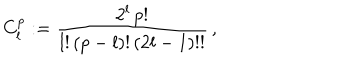
LaTeX: C _ { l } ^ { p } : = { \frac { 2 ^ { l } \, p ! } { l ! \, ( p - l ) ! \, ( 2 l - 1 ) ! ! } } \, ,